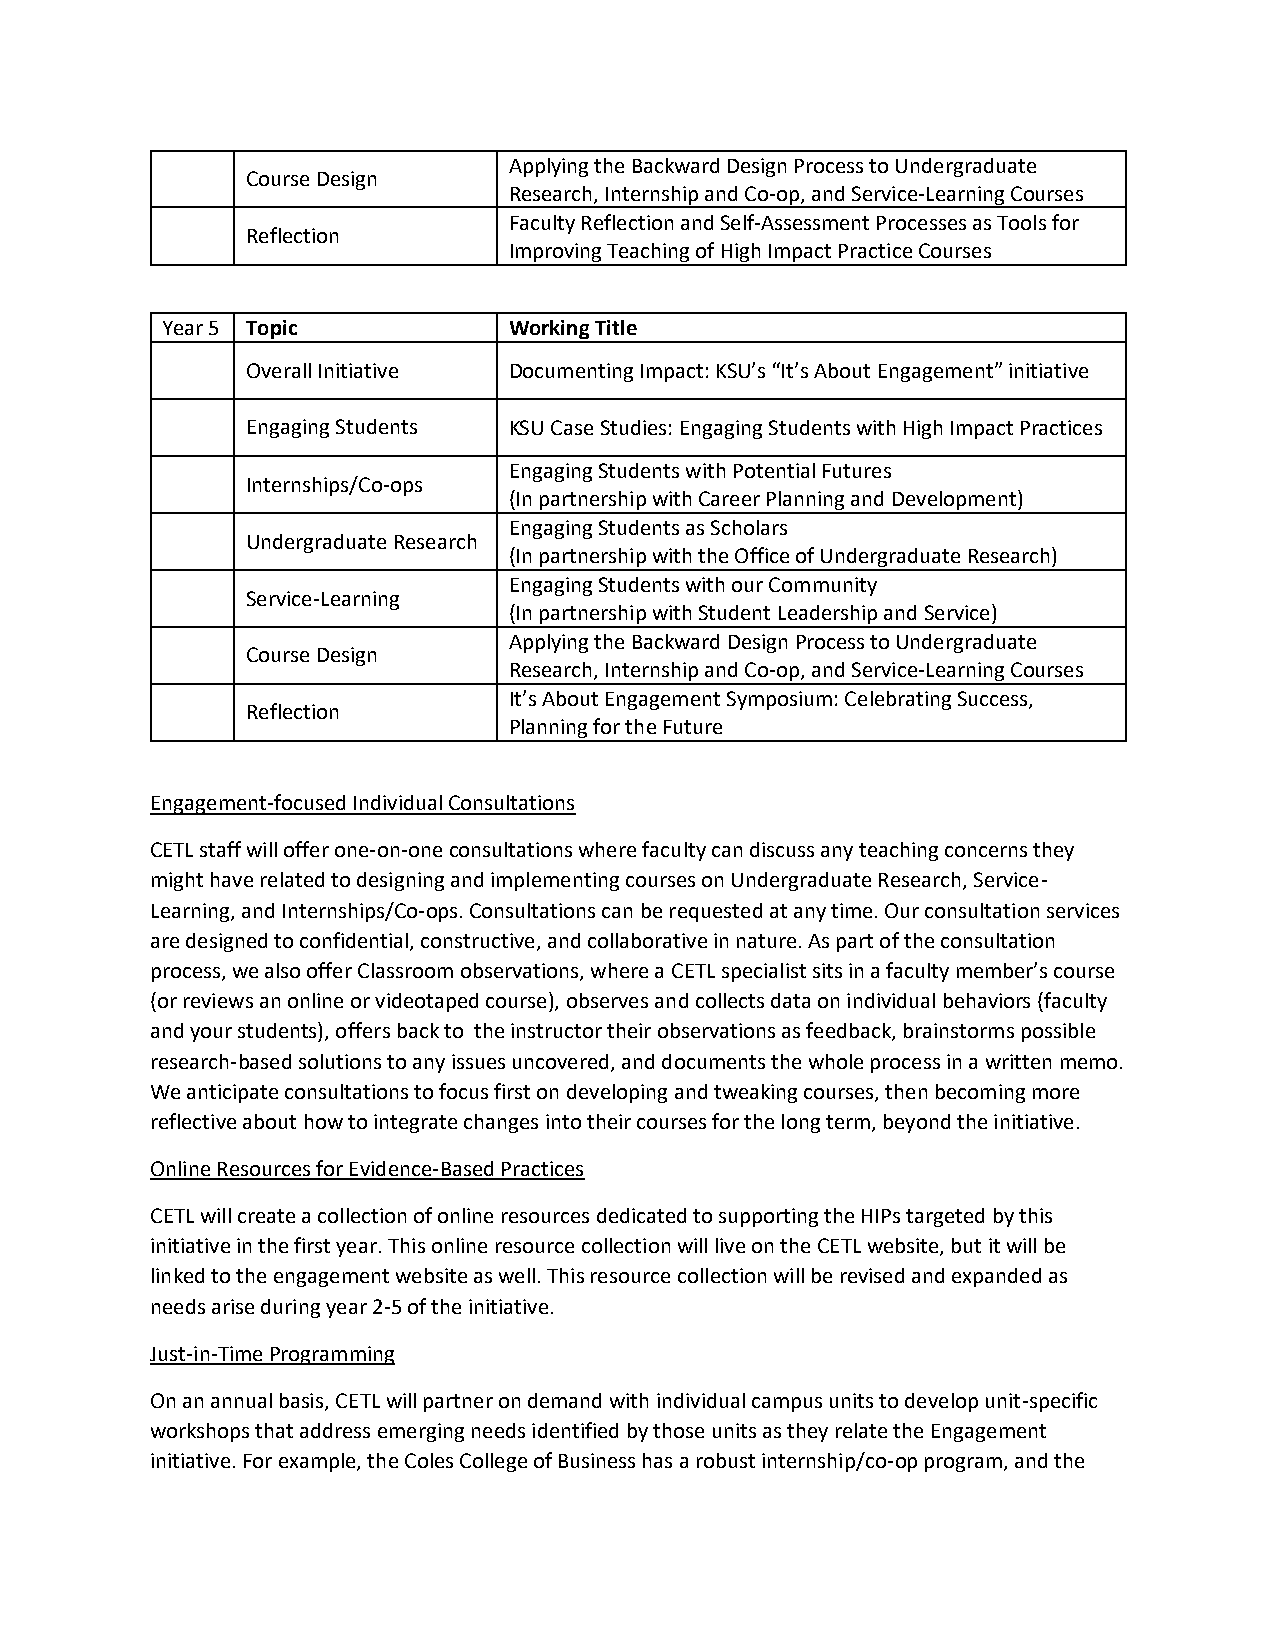
Applying the Backward Design Process to Undergraduate
 Course Design
 Research, Internship and Co-op, and Service-Learning Courses
 Faculty Reflection and Self-Assessment Processes as Tools for
 Reflection
 Improving Teaching of High Impact Practice Courses
 Year 5 Topic           Working Title
 Overall Initiative Documenting Impact: KSU’s “It’s About Engagement” initiative
 Engaging Students KSU Case Studies: Engaging Students with High Impact Practices
 Engaging Students with Potential Futures
 Internships/Co-ops
 (In partnership with Career Planning and Development)
 Engaging Students as Scholars
 Undergraduate Research
 (In partnership with the Office of Undergraduate Research)
 Engaging Students with our Community
 Service-Learning
 (In partnership with Student Leadership and Service)
 Applying the Backward Design Process to Undergraduate
 Course Design
 Research, Internship and Co-op, and Service-Learning Courses
 It’s About Engagement Symposium: Celebrating Success,
 Reflection
 Planning for the Future
 Engagement-focused Individual Consultations
 CETL staff will offer one-on-one consultations where faculty can discuss any teaching concerns they
 might have related to designing and implementing courses on Undergraduate Research, Service-
 Learning, and Internships/Co-ops. Consultations can be requested at any time. Our consultation services
 are designed to confidential, constructive, and collaborative in nature. As part of the consultation
 process, we also offer Classroom observations, where a CETL specialist sits in a faculty member’s course
 (or reviews an online or videotaped course), observes and collects data on individual behaviors (faculty
 and your students), offers back to the instructor their observations as feedback, brainstorms possible
 research-based solutions to any issues uncovered, and documents the whole process in a written memo.
 We anticipate consultations to focus first on developing and tweaking courses, then becoming more
 reflective about how to integrate changes into their courses for the long term, beyond the initiative.
 Online Resources for Evidence-Based Practices
 CETL will create a collection of online resources dedicated to supporting the HIPs targeted by this
 initiative in the first year. This online resource collection will live on the CETL website, but it will be
 linked to the engagement website as well. This resource collection will be revised and expanded as
 needs arise during year 2-5 of the initiative.
 Just-in-Time Programming
 On an annual basis, CETL will partner on demand with individual campus units to develop unit-specific
 workshops that address emerging needs identified by those units as they relate the Engagement
 initiative. For example, the Coles College of Business has a robust internship/co-op program, and the